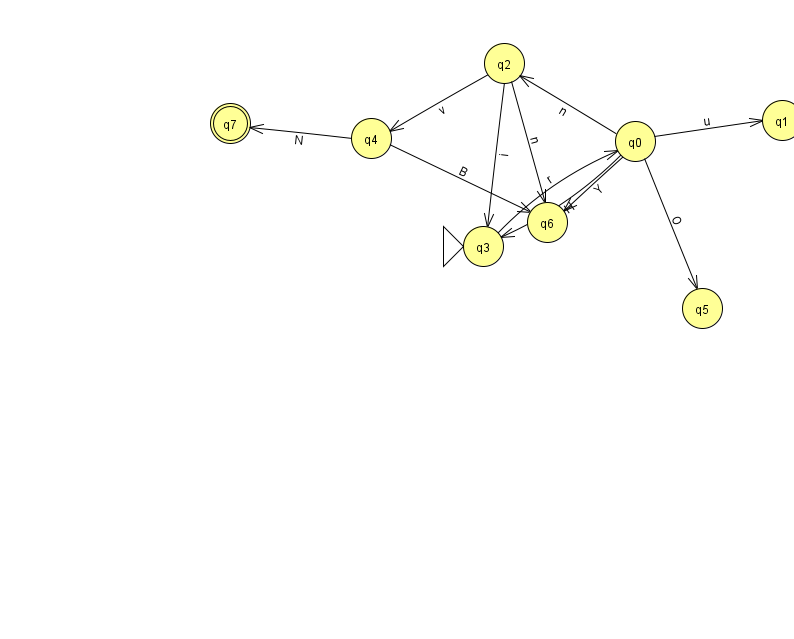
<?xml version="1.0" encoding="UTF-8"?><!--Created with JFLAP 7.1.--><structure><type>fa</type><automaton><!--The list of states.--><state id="0" name="q0"><x>635.0</x><y>128.0</y></state><state id="1" name="q1"><x>782.0</x><y>107.0</y></state><state id="2" name="q2"><x>504.0</x><y>50.0</y></state><state id="3" name="q3"><x>483.0</x><y>233.0</y><initial/></state><state id="4" name="q4"><x>371.0</x><y>125.0</y></state><state id="5" name="q5"><x>702.0</x><y>295.0</y></state><state id="6" name="q6"><x>547.0</x><y>209.0</y></state><state id="7" name="q7"><x>230.0</x><y>110.0</y><final/></state><!--The list of transitions.--><transition><from>0</from><to>1</to><read>u</read></transition><transition><from>2</from><to>4</to><read>v</read></transition><transition><from>0</from><to>6</to><read>Y</read></transition><transition><from>2</from><to>3</to><read>i</read></transition><transition><from>0</from><to>2</to><read>n</read></transition><transition><from>3</from><to>0</to><read>r</read></transition><transition><from>4</from><to>6</to><read>B</read></transition><transition><from>4</from><to>7</to><read>N</read></transition><transition><from>0</from><to>5</to><read>O</read></transition><transition><from>2</from><to>6</to><read>n</read></transition><transition><from>0</from><to>3</to><read>H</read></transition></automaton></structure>